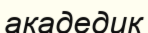
акадедик